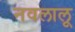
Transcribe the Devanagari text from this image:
नवलालू